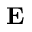
{ \bf E }